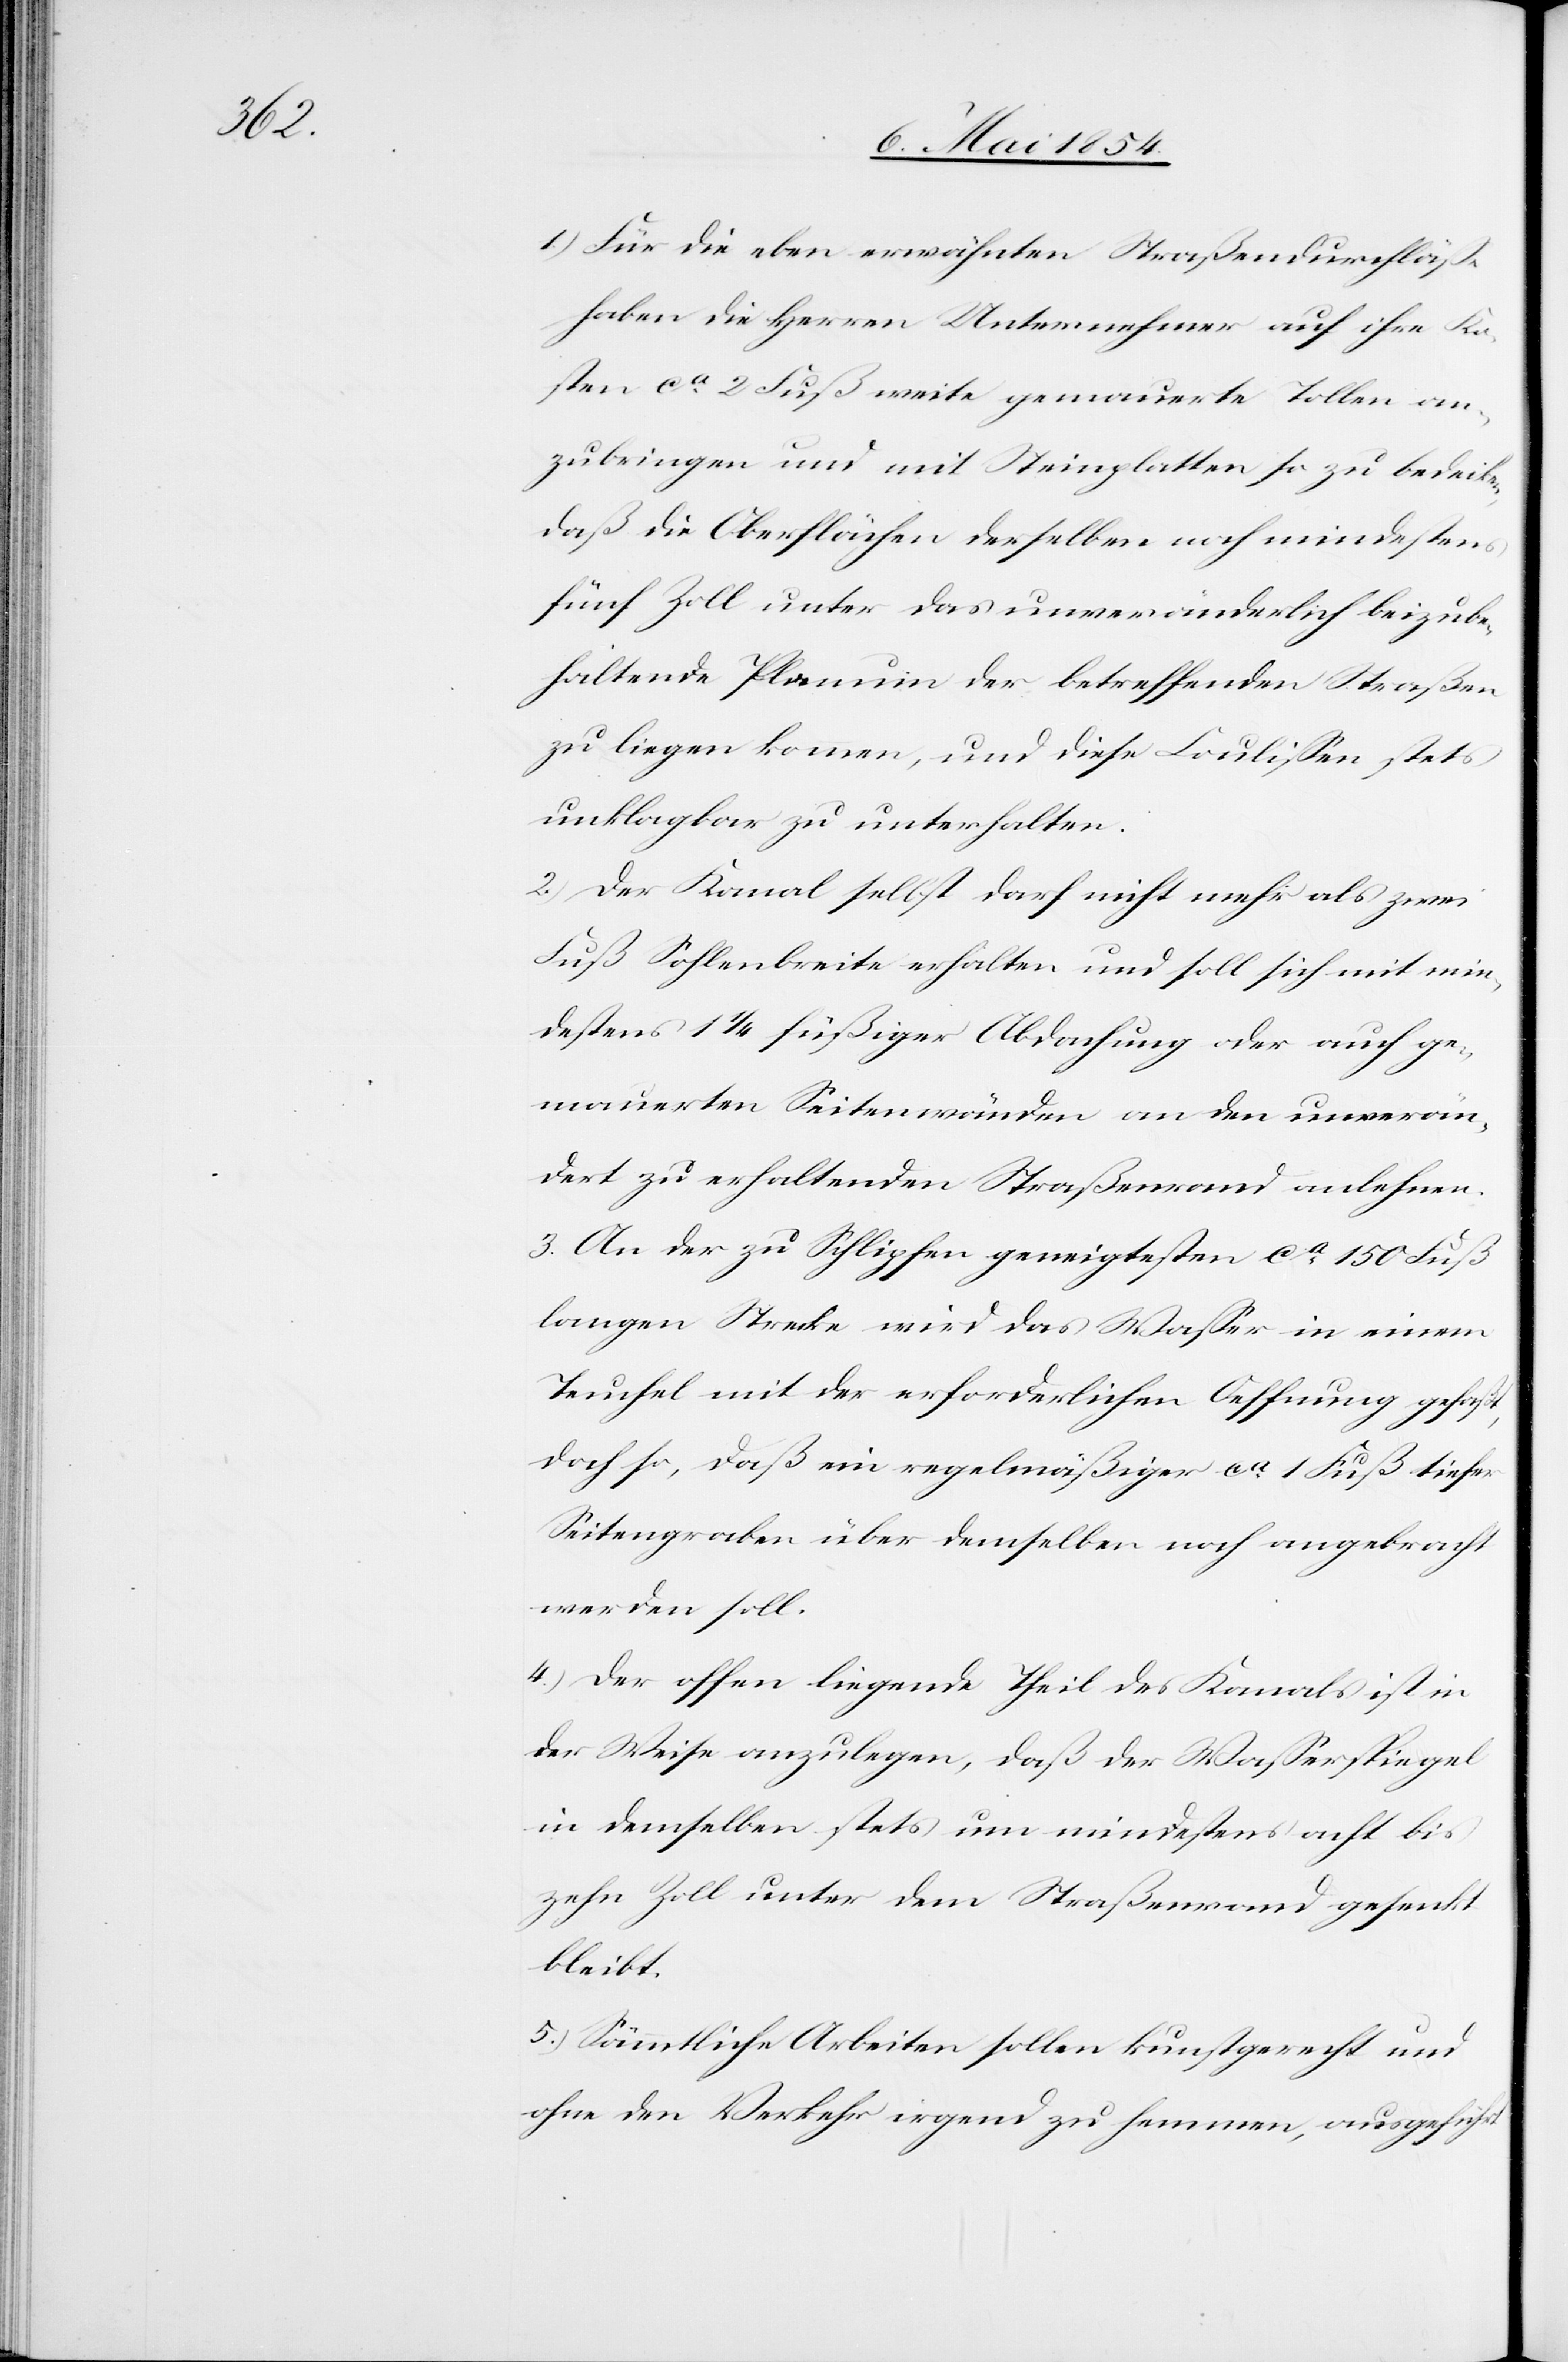
den

1.) Für die eben erwähnten Straßendurchläße
haben die Herren Unternehmer auf ihre Ko¬
sten ca 2 Fuß weite gemauerte Tollen an¬
zubringen und mit Steinplatten so zu bedecken,
daß die Oberflächen derselben noch mindestens
fünf Zoll unter das unveränderlich beizube¬
haltende Planum der betreffenden Straßen
zu liegenkommen, und diese Coulißen stets
unklagbar zu unterhalten.
2.) Der Kanal selbst darf nicht mehr als zwei
Fuß Sohlenbreite erhalten und soll sich mit min¬
destens 1 1/4 füßiger Abdachung oder auch ge¬
mauerten Seitenwänden an den unverän¬
dert zu erhaltenden Straßenrand anlehnen.
3.) An der zu Schlipfen geneigtesten ca 150 Fuß
langen Strecke wird das Waßer in einem
Teuchel mit der erforderlichen Oeffnung gefaßt,
doch so, daß ein regelmäßiger ca 1 Fuß tiefer
Seitengraben über demselben noch angebracht
werden soll.
4.) Der offen liegende Theil des Kanals ist in
der Weise anzulegen, daß der Waßerspiegel
in demselben stets um mindestens acht bis
zehn Zoll unter dem Straßenrand gesenkt
beleibt.
5.) Sämmtliche Arbeiten sollen kunstgerecht und